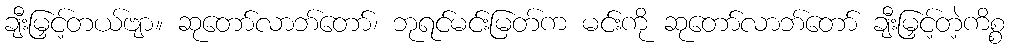
ချီးမြှင့်တယ်ဗျာ။ ဆုတော်လာဘ်တော်၊ ဘုရင်မင်းမြတ်က မင်းကို ဆုတော်လာဘ်တော် ချီးမြှင့်တဲ့ကိစ္စ